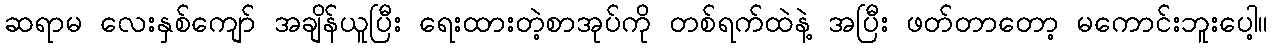
ဆရာမ လေးနှစ်ကျော် အချိန်ယူပြီး ရေးထားတဲ့စာအုပ်ကို တစ်ရက်ထဲနဲ့ အပြီး ဖတ်တာတော့ မကောင်းဘူးပေါ့။